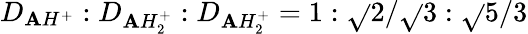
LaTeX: D_{\mathbf{A}H^{+}}:D_{\mathbf{A}H_{2}^{+}}:D_{\mathbf{A}H_{2}^{+}}=1:\sqrt{}{{2}}/\sqrt{}{{3}}:\sqrt{}{{5}}/3